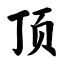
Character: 顶